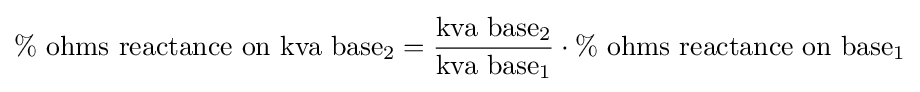
\%{\text{ ohms reactance on kva base}}_{2}={\frac {{\text{kva base}}_{2}}{{\text{kva base}}_{1}}}\cdot \%{\text{ ohms reactance on base}}_{1}